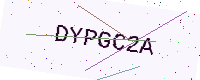
Text: DYPGC2A